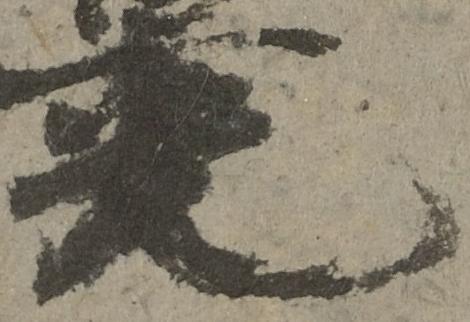
光